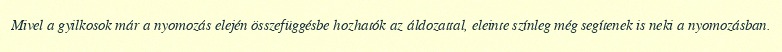
Mivel a gyilkosok már a nyomozás elején összefüggésbe hozhatók az áldozattal, eleinte színleg még segítenek is neki a nyomozásban.